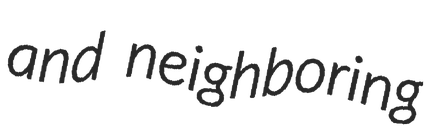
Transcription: and neighboring